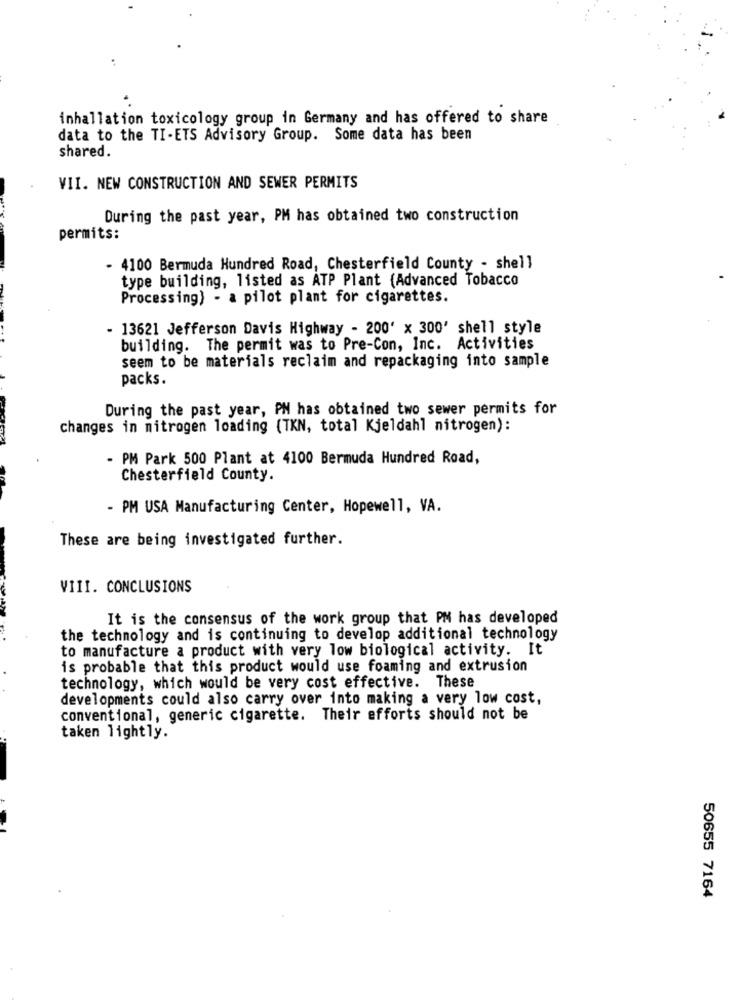
inhallation toxicology group in Germany and has offered to share
data to the TI-ETS Advisory Group. Some data has been
shared.
VII. NEW CONSTRUCTION AND SEWER PERMITS
During the past year, PM has obtained two construction
permits:
- 4100 Bermuda Hundred Road, Chesterfield County - shell
type building, listed as ATP Plant (Advanced Tobacco
Processing) - a pilot plant for cigarettes.
- 13621 Jefferson Davis Highway - 200' x 300' shell style
building. The permit was to Pre-Con, Inc. Activities
seem to be materials reclaim and repackaging into sample
packs.
During the past year, PN has obtained two sewer permits for
changes in nitrogen loading (TKN, total Kjeldahl nitrogen):
- PM Park 500 Plant at 4100 Bermuda Hundred Road,
Chesterfield County.
- PM USA Manufacturing Center, Hopewell, VA.
These are being investigated further.
VIII. CONCLUSIONS
It is the consensus of the work group that PM has developed
the technology and is continuing to develop additional technology
to manufacture a product with very low biological activity. It
is probable that this product would use foaming and extrusion
technology, which would be very cost effective. These
developments could also carry over into making a very low cost,
conventional, generic cigarette. Their efforts should not be
taken lightly.
50655 7164